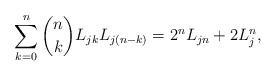
LaTeX: \begin{align*}\sum_{k=0}^{n} {n\choose k} L_{jk} L_{j(n-k)} = 2^n L_{jn} + 2 L_j^n,\end{align*}